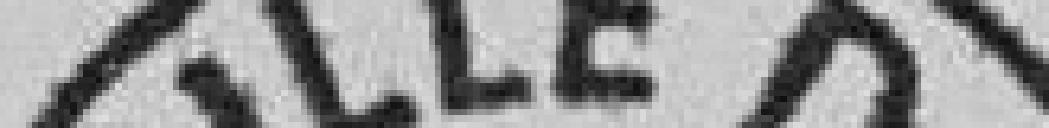
Ville de